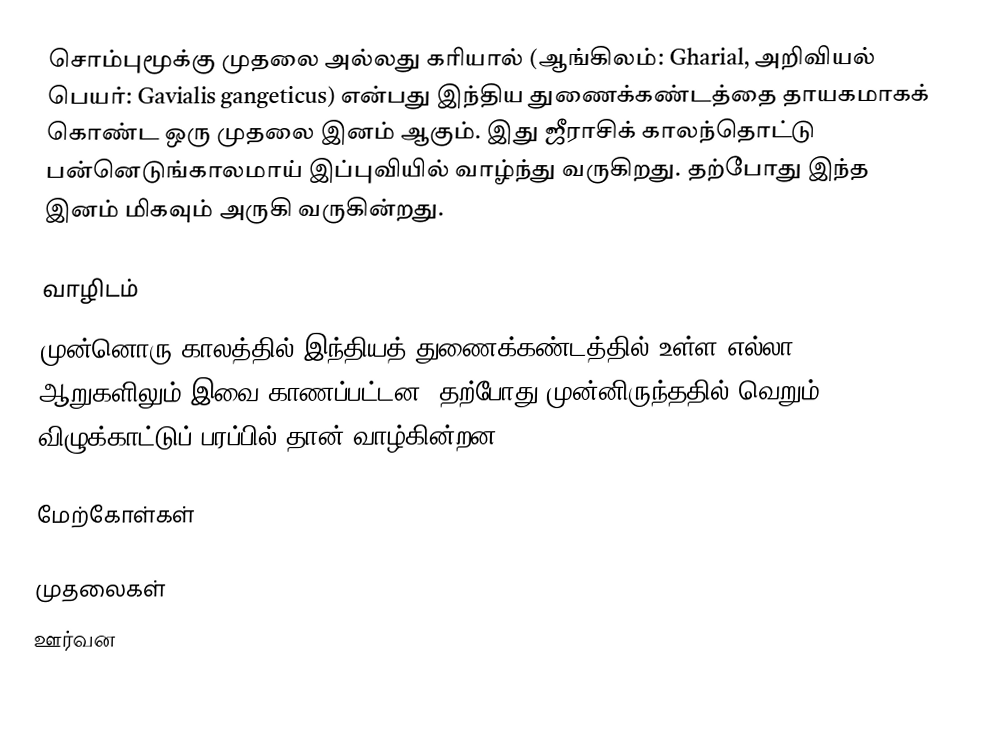
சொம்புமூக்கு முதலை அல்லது கரியால் (ஆங்கிலம்: Gharial, அறிவியல் பெயர்: Gavialis gangeticus) என்பது இந்திய துணைக்கண்டத்தை தாயகமாகக் கொண்ட ஒரு முதலை இனம் ஆகும். இது ஜீராசிக் காலந்தொட்டு பன்னெடுங்காலமாய் இப்புவியில் வாழ்ந்து வருகிறது. தற்போது இந்த இனம் மிகவும் அருகி வருகின்றது.

வாழிடம்
முன்னொரு காலத்தில் இந்தியத் துணைக்கண்டத்தில் உள்ள எல்லா ஆறுகளிலும் இவை காணப்பட்டன. தற்போது முன்னிருந்ததில் வெறும் 2 விழுக்காட்டுப் பரப்பில் தான் வாழ்கின்றன.

மேற்கோள்கள்

முதலைகள்
ஊர்வன